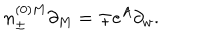
LaTeX: n _ { \pm } ^ { ( 0 ) M } \partial _ { M } = \mp e ^ { A } \partial _ { w } .